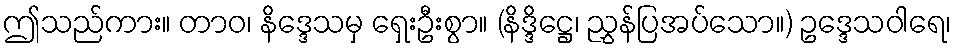
ဤသည်ကား။ တာဝ၊ နိဒ္ဒေသမှ ရှေးဦးစွာ။ (နိဒ္ဒိဋ္ဌေ၊ ညွှန်ပြအပ်သော။) ဥဒ္ဒေသဝါရေ၊